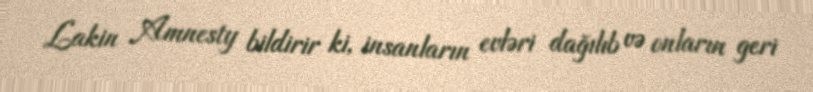
Lakin Amnesty bildirir ki, insanların evləri dağılıb və onların geri